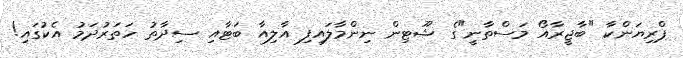
ޕްރިޔަންކާ "ބާޖީރާއޯ މަސްތާނީ"ގެ ޝޫޓިން ނިންމާލައިފި އާލިއާ ބަޓާއި ސިދާތު ހަތަރުދަމު އެކުގައި!